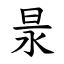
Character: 㫤